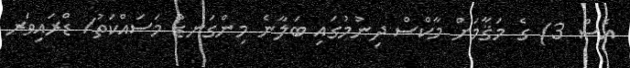
އެސް 3) ގެ މަޤާމަށް މާކްސް ދިނުމުގައި ބަލާނެ މިންގަނޑު މަސައްކަތު/ ޑްރައިވަރ